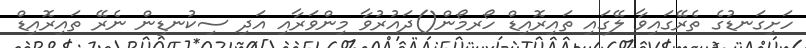
ހަށިގަނޑުގެ ތެރޭގައިވާ ލޭގައި ތައިރޮއިޑް ހޯރމޯން()ދައުރުވާ މިންވަރާއި އަދި ސިކުނޑިން ނެރޭ ތައިރޮއިޑް